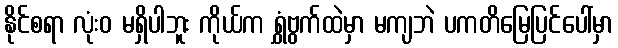
နိုင်စရာ လုံးဝ မရှိပါဘူး ကိုယ်က ရွှံဗွက်ထဲမှာ မကျဘဲ ပကတိမြေပြင်ပေါ်မှာ